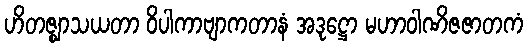
ဟိတဇ္ဈာသယတာ ဝိပါကာဗျာကတာနံ အဒုဋ္ဌော မဟာဝါဏိဇဇာတကံ